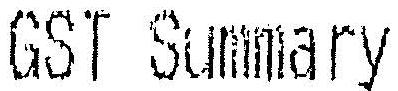
GST SUMMARY